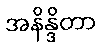
အနိန္ဒိတာ